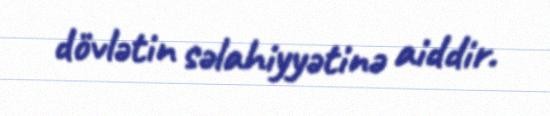
dövlətin səlahiyyətinə aiddir.